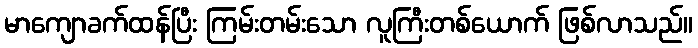
မာကျောခက်ထန်ပြီး ကြမ်းတမ်းသော လူကြီးတစ်ယောက် ဖြစ်လာသည်။